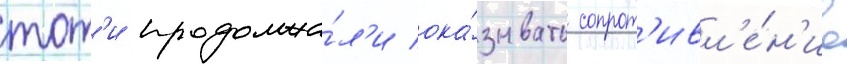
тот'и продолжа́л'и ока́зывать сопрот'ивл'е́н'ие